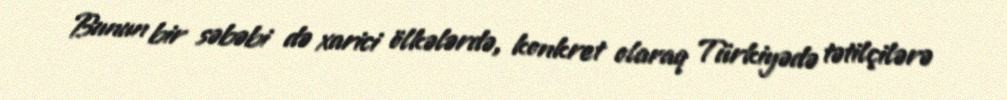
Bunun bir səbəbi də xarici ölkələrdə, konkret olaraq Türkiyədə tətilçilərə